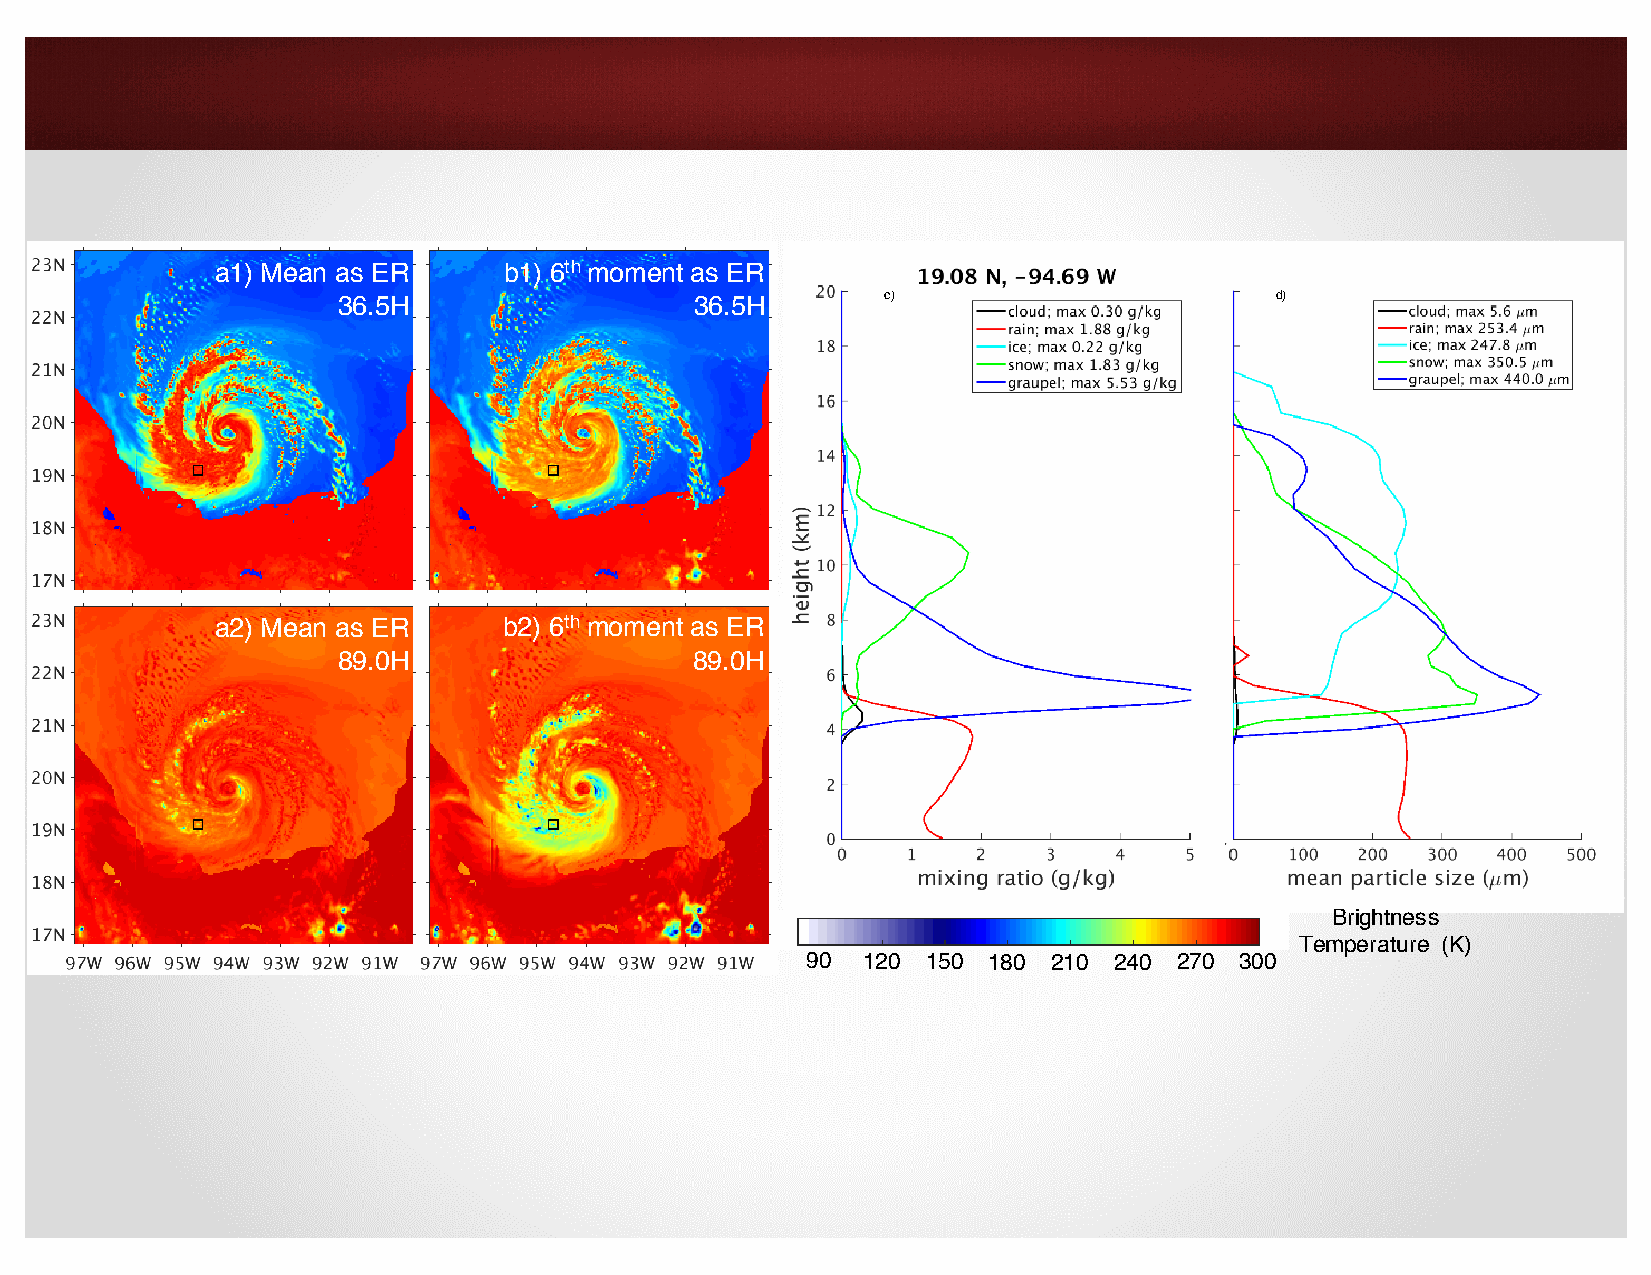
a1) Mean as ER     b1) 6thmoment as ER
 36.5H                   36.5H        c)                       d)
 a2) Mean as ER     b2) 6thmoment as ER
 89.0H                   89.0H
 c) WSM6 89.0H
 Brightness
 Temperature (K)
 90  120 150 180  210 240 270 300